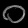
Digit: ၀